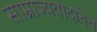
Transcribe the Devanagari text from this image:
साम्राज्यवादाचेच